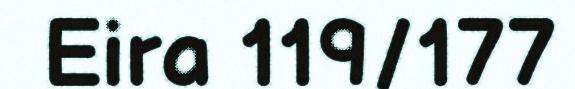
Eira 119/177